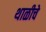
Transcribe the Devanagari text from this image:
थाळीचे